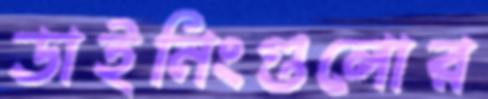
ডাইনিংগুলোর